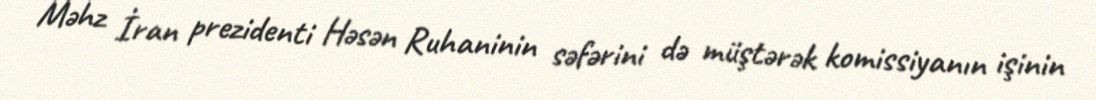
Məhz İran prezidenti Həsən Ruhaninin səfərini də müştərək komissiyanın işinin